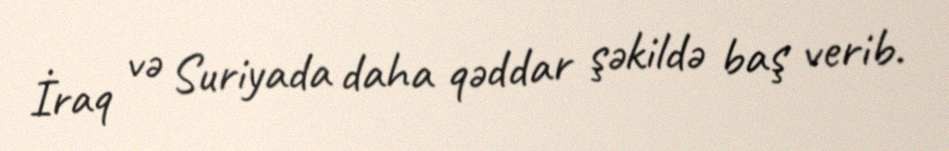
İraq və Suriyada daha qəddar şəkildə baş verib.